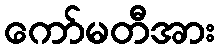
ကော်မတီအား